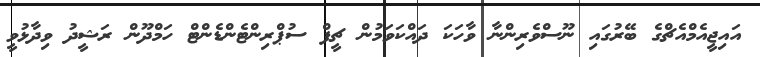
އައިޖީއެމްއެޗްގެ ބޭރުގައި ނޫސްވެރިންނާ ވާހަކަ ދައްކަވަމުން ޗީފް ސުޕްރިންޓެންޑެންޓް ހަމްދޫން ރަޝީދު ވިދާޅުވީ